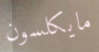
مايكلسون